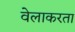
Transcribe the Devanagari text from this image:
वेलाकरता